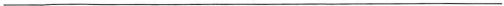
___